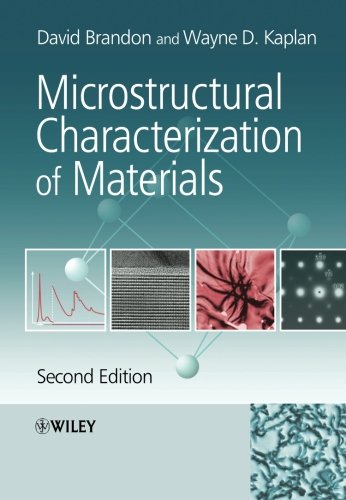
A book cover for Microstructural Characterization of Materials; David Brandon; Science & Math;